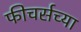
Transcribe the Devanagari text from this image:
फीचर्सच्या